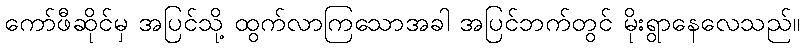
ကော်ဖီဆိုင်မှ အပြင်သို့ ထွက်လာကြသောအခါ အပြင်ဘက်တွင် မိုးရွာနေလေသည်။